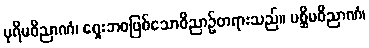
ပုရိမဝိညာဏံ၊ ရှေးဘဝဖြစ်သောဝိညာဉ်တရားသည်။ ပစ္ဆိမဝိညာဏံ၊